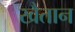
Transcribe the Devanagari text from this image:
खैतान